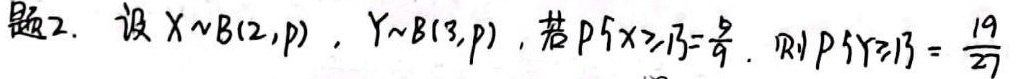
题2. 设$X\sim B(2,p)$，$Y\sim B(3,p)$，若$P\{X\geq1\}=\frac{8}{9}$，则$P\{Y\geq1\}=\frac{19}{27}$